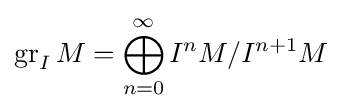
\operatorname {gr} _{I}M=\bigoplus _{n=0}^{\infty }I^{n}M/I^{n+1}M